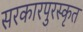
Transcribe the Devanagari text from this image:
सरकारपुरस्कृत